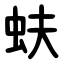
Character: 蚨